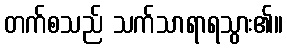
တက်စသည် သက်သာရာရသွား၏။